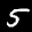
Label: 5